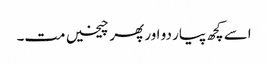
اسے کچھ پیار دو اور پھر چیخیں مت۔